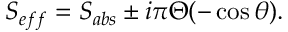
S _ { e f f } = S _ { a b s } \pm i \pi \Theta ( - \cos \theta ) .